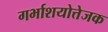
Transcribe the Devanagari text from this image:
गर्भाशयोत्तेजक